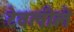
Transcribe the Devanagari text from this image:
टेवलीले